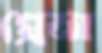
প্রেমা